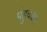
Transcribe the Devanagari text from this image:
पंहुचकर